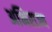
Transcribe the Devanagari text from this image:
अभिराज्य